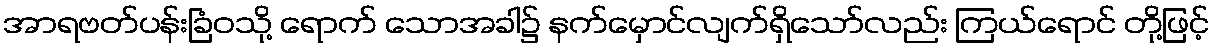
အာရဗတ်ပန်းခြံဝသို့ ရောက် သောအခါ၌ နက်မှောင်လျက်ရှိသော်လည်း ကြယ်ရောင် တို့ဖြင့်